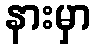
နားမှာ